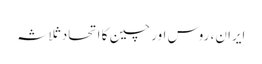
ایران، روس اور چین کا اتحاد ثلاثہ